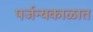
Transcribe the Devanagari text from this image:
पर्जन्यकाळात